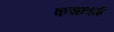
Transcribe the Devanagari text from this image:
कच्छवाई